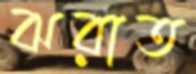
ঝরাত